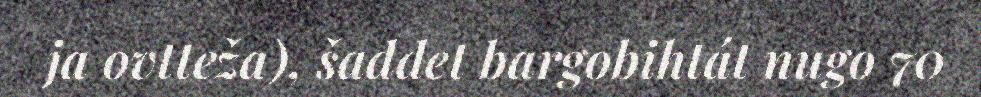
ja ovtteža), šaddet bargobihtát nugo 70